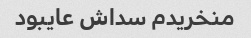
منخریدم سداش عایبود